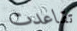
تقاعدت